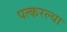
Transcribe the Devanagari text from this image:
पत्करल्या